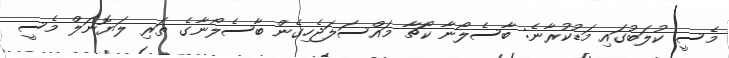
މެސީ ކުލަބުގައި މަޑުކުރާނެ: ބާސެލޯނާ ކޯޗާ މައްސަލަޖެހިގެން ބާސެލޯނާގެ ތަރި ލަޔޮނަލް މެސީ